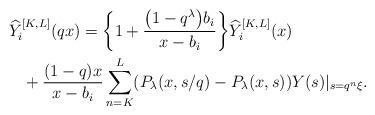
LaTeX: \begin{gather*}\widehat{Y}_{i}^{[K,L]}(qx) =\biggl\{ 1 + \frac{\big(1 - q^{\lambda}\big)b_{i}}{x - b_{i}} \biggr\} \widehat{Y}_{i}^{[K,L]}(x) \\\hphantom{\widehat{Y}_{i}^{[K,L]}(qx) =}{}+ \frac{(1-q) x}{x - b_{i}}\sum_{n=K}^{L} (P_{\lambda}(x, s/q) - P_{\lambda}(x, s)) Y(s)|_{s= q^n \xi}.\end{gather*}